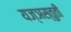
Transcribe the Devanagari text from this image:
यज्ञस्तुती